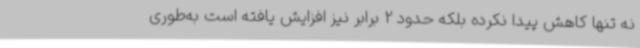
نه تنها کاهش پیدا نکرده بلکه حدود 2 برابر نیز افزایش یافته است به‌طوری